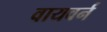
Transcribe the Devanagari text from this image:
वायवर्न